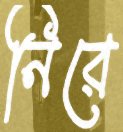
নিরে